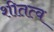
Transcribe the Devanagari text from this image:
शीतत्व